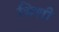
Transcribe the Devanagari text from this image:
भिशी